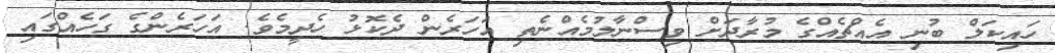
ހައިކަލް ބުނި އެއްޗެއްގެ މުރާދަށް ވިސްނާލުމެއްނެތި އަހަރެން ދެކޮޅު ހެދީމެވެ. އަހަރެންގެ ގަހެއްގައި